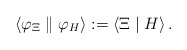
\begin{align*}\left\langle \varphi _\Xi \parallel \varphi _H\right\rangle :=\left\langle\Xi \mid H\right\rangle . \end{align*}